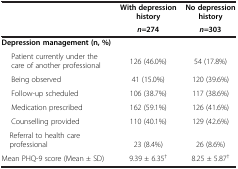
<table><thead><tr><td rowspan="2"><b> </b></td><td><b>With depression history</b></td><td><b>No depression history</b></td></tr><tr><td><b><i>n</i>=274</b></td><td><b><i>n</i>=303</b></td></tr></thead><tbody><tr><td><b>Depression management (n, %)</b></td><td> </td><td> </td></tr><tr><td>Patient currently under the care of another professional</td><td>126 (46.0%)</td><td>54 (17.8%)</td></tr><tr><td>Being observed</td><td>41 (15.0%)</td><td>120 (39.6%)</td></tr><tr><td>Follow-up scheduled</td><td>106 (38.7%)</td><td>117 (38.6%)</td></tr><tr><td>Medication prescribed</td><td>162 (59.1%)</td><td>126 (41.6%)</td></tr><tr><td>Counselling provided</td><td>110 (40.1%)</td><td>129 (42.6%)</td></tr><tr><td> Referral to health care professional</td><td>23 (8.4%)</td><td>26 (8.6%)</td></tr><tr><td>Mean PHQ-9 score (Mean ± SD)</td><td>9.39 ± 6.35<sup>†</sup></td><td>8.25 ± 5.87<sup>†</sup></td></tr></tbody></table>